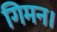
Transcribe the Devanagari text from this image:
गिमन।